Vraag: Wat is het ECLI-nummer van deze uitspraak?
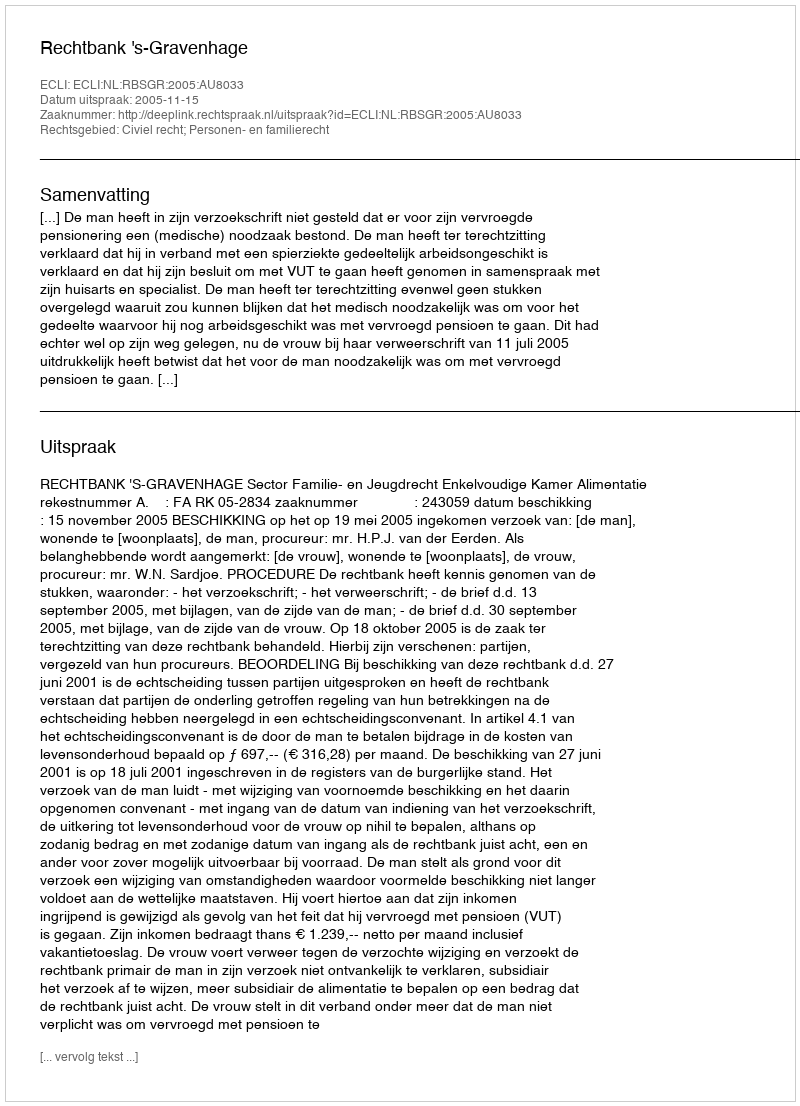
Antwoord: ECLI:NL:RBSGR:2005:AU8033